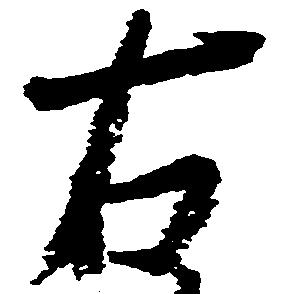
右